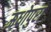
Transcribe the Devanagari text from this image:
ऊधोपुरा